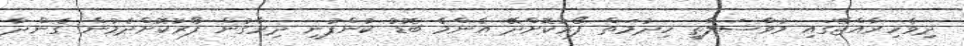
ދިވެހިރާއްޖޭގައި މުވާސަލާތީ ހިދުމަތް ފޯރުކޮށްދޭ އެންމެ ބޮޑު ކުންފުނި ދިރާގުން ފޯރުކޮށްދެމުން ގެންދާ